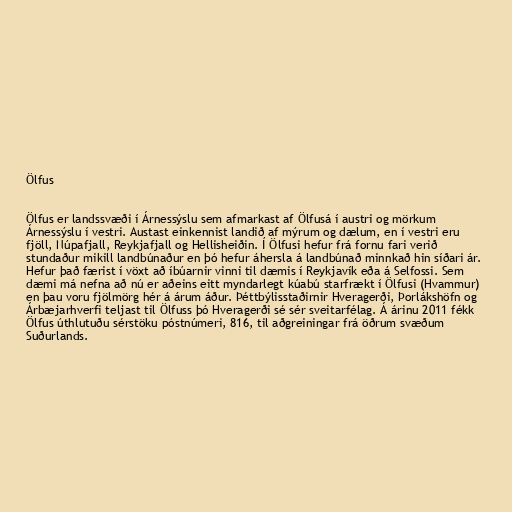
Ölfus

Ölfus er landssvæði í Árnessýslu sem afmarkast af Ölfusá í austri og mörkum
Árnessýslu í vestri. Austast einkennist landið af mýrum og dælum, en í vestri eru
fjöll, Núpafjall, Reykjafjall og Hellisheiðin. Í Ölfusi hefur frá fornu fari verið
stundaður mikill landbúnaður en þó hefur áhersla á landbúnað minnkað hin síðari ár.
Hefur það færist í vöxt að íbúarnir vinni til dæmis í Reykjavík eða á Selfossi. Sem
dæmi má nefna að nú er aðeins eitt myndarlegt kúabú starfrækt í Ölfusi (Hvammur)
en þau voru fjölmörg hér á árum áður. Þéttbýlisstaðirnir Hveragerði, Þorlákshöfn og
Árbæjarhverfi teljast til Ölfuss þó Hveragerði sé sér sveitarfélag. Á árinu 2011 fékk
Ölfus úthlutuðu sérstöku póstnúmeri, 816, til aðgreiningar frá öðrum svæðum
Suðurlands.